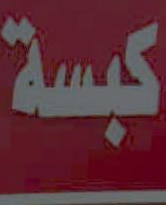
كبسة